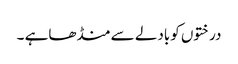
درختوں کوبادلے سے منڈھاہے ۔